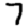
Digit: 7